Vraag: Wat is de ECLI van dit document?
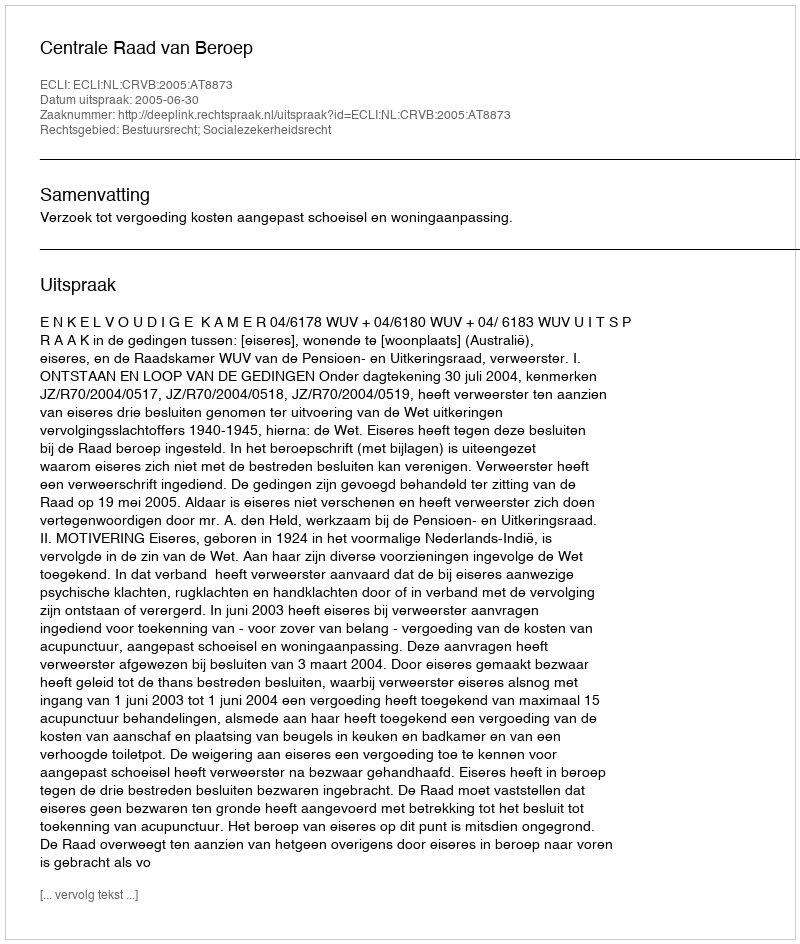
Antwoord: ECLI:NL:CRVB:2005:AT8873